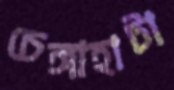
চেঙ্গাহাটা